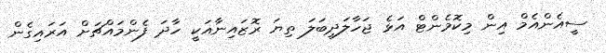
ސީއެންއެމް އިން މިކޮމެންޓް އަޅެ ޖަހާލަދީބަލަ ތިޔަ ރޮޒައިނާއަކީ ހާދަ ފެންމައްޗަށް އަރައިގެން